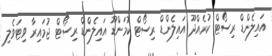
އައިލެންޑް ރިސޯޓް ކުރެއްދޫ އައިލެންޑް ރިސޯޓް ކޮމަންޑޫ އައިލެންޑް ރިސޯޓް ޖުމައިރާ ވިޓަވެލި